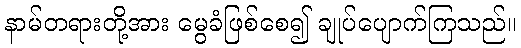
နာမ်တရားတို့အား မွေခံဖြစ်စေ၍ ချုပ်ပျောက်ကြသည်။